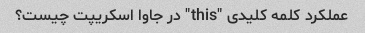
عملکرد کلمه کلیدی "this" در جاوا اسکریپت چیست؟